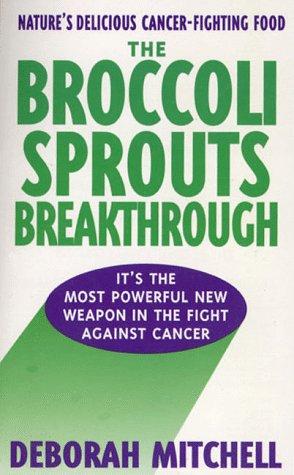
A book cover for The Broccoli Sprouts Breakthrough: The New Miracle Food for Cancer Prevention; Deborah R. Mitchell; Cookbooks, Food & Wine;